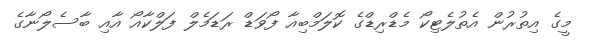
މީގެ އިތުރުން އެތުލެޓިކޯ މެޑްރިޑްގެ ކޮލަމްބިއާ ފޯވަޑް ރަޑަމެލް ފަލްކާއޯ އާއި ބާސެލޯނާގެ